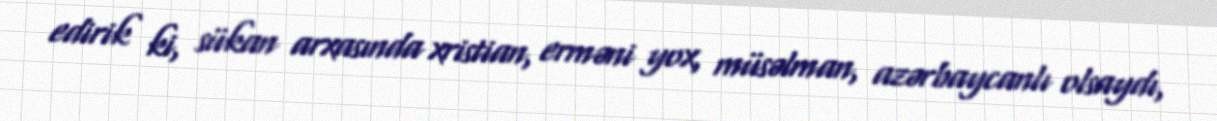
edirik ki, sükan arxasında xristian, erməni yox, müsəlman, azərbaycanlı olsaydı,